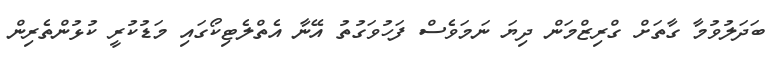
ބަދަލުވުމާ ގާތަށް ގްރިޒްމަން ދިޔަ ނަމަވެސް ފަހުވަގުތު އޭނާ އެތްލެޓިކޯގައި މަޑުކުރީ ކުޅުންތެރިން